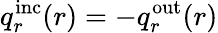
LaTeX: q_{r}^{\mathrm{inc}}(r)=-q_{r}^{\mathrm{out}}(r)